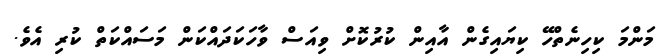
މަންމަ ކިހިނެތްހޭ ކިޔައިގެން އާއިން ކުރުކޮށް ވިއަސް ވާހަކަދައްކަން މަސައްކަތް ކުރި އެވެ.